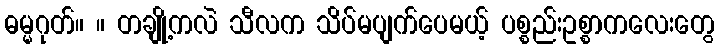
ဓမ္မဂုတ်။ ။ တချို့ကလဲ သီလက သိပ်မပျက်ပေမယ့် ပစ္စည်းဥစ္စာကလေးတွေ